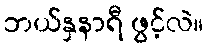
ဘယ်နှနာရီ ဖွင့်လဲ။